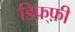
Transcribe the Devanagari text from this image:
डिफ़्फ़ी